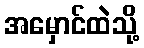
အမှောင်ထဲသို့